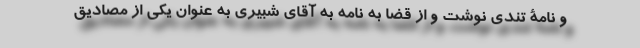
و نامۀ تندی نوشت و از قضا به نامه به آقای شبیری به عنوان یکی از مصادیق